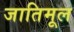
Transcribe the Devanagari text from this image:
जातिमूल